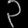
Digit: ၃